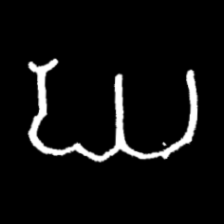
Pyu character \u2014 Myanmar letter: ဃ (romanized: gha)